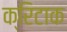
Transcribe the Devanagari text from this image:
क्रिटाक